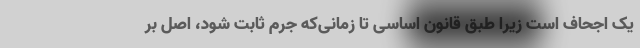
یک اجحاف است زیرا طبق قانون اساسی تا زمانی‌که جرم ثابت شود، اصل بر